Vaccine operations Central Provinces 1886-1899 - 1886-1899
Year: 1886
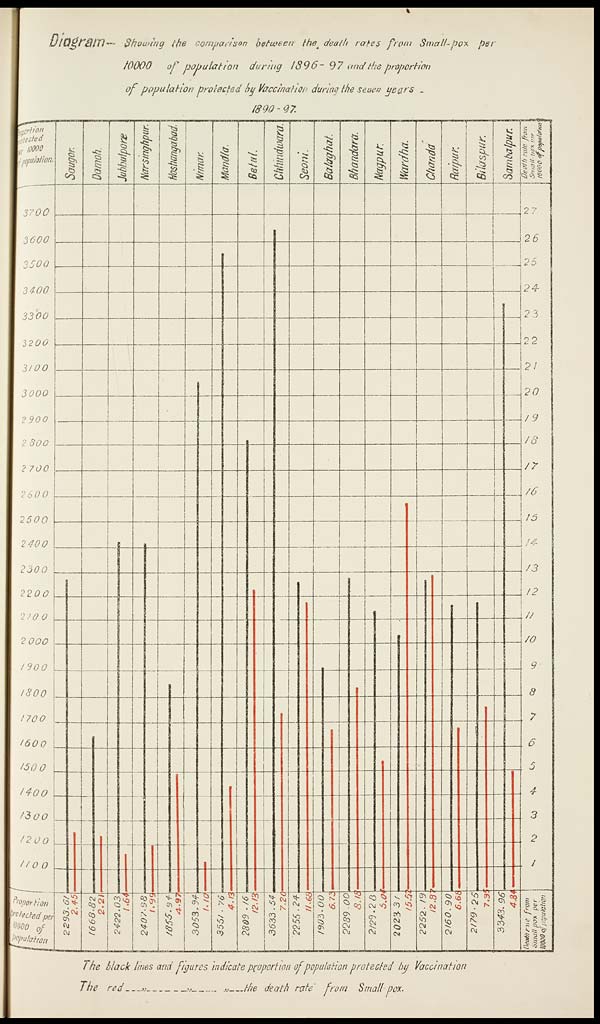
'